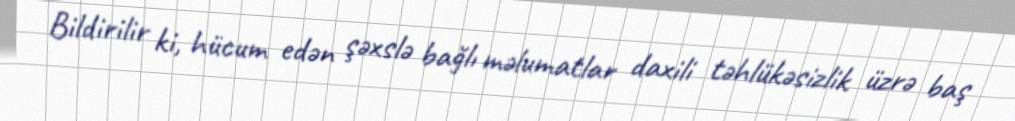
Bildirilir ki, hücum edən şəxslə bağlı məlumatlar daxili təhlükəsizlik üzrə baş